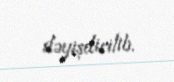
dəyişdirilib.